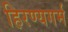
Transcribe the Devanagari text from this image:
हिरण्यगर्म